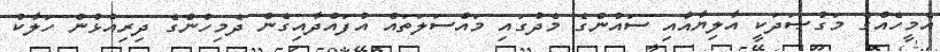
އެމީހެއްގެ މަގުޞަދަކީ އާލިޔާއާއި ސައުންގެ މެދުގައި މައްސަލަތައް އުފައްދާއިގެން ދެމިހުންގެ ދިރިއުޅުން ހަލާކު